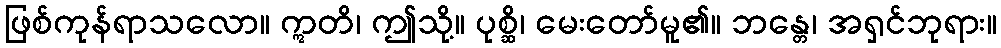
ဖြစ်ကုန်ရာသလော။ ဣတိ၊ ဤသို့။ ပုစ္ဆိ၊ မေးတော်မူ၏။ ဘန္တေ၊ အရှင်ဘုရား။